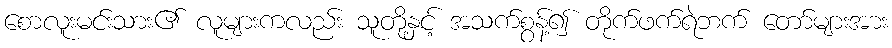
စောလူးမင်းသား၏ လူများကလည်း သူတို့နှင့် အသက်စွန့်၍ တိုက်ဖက်ရဲဘက် တော်များအား